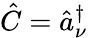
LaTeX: \hat{C}=\hat{a}_{\nu}^{\dagger}